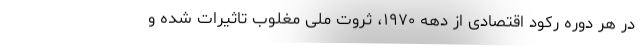
در هر دوره رکود اقتصادی از دهه ۱۹۷۰، ثروت ملی مغلوب تاثیرات شده و